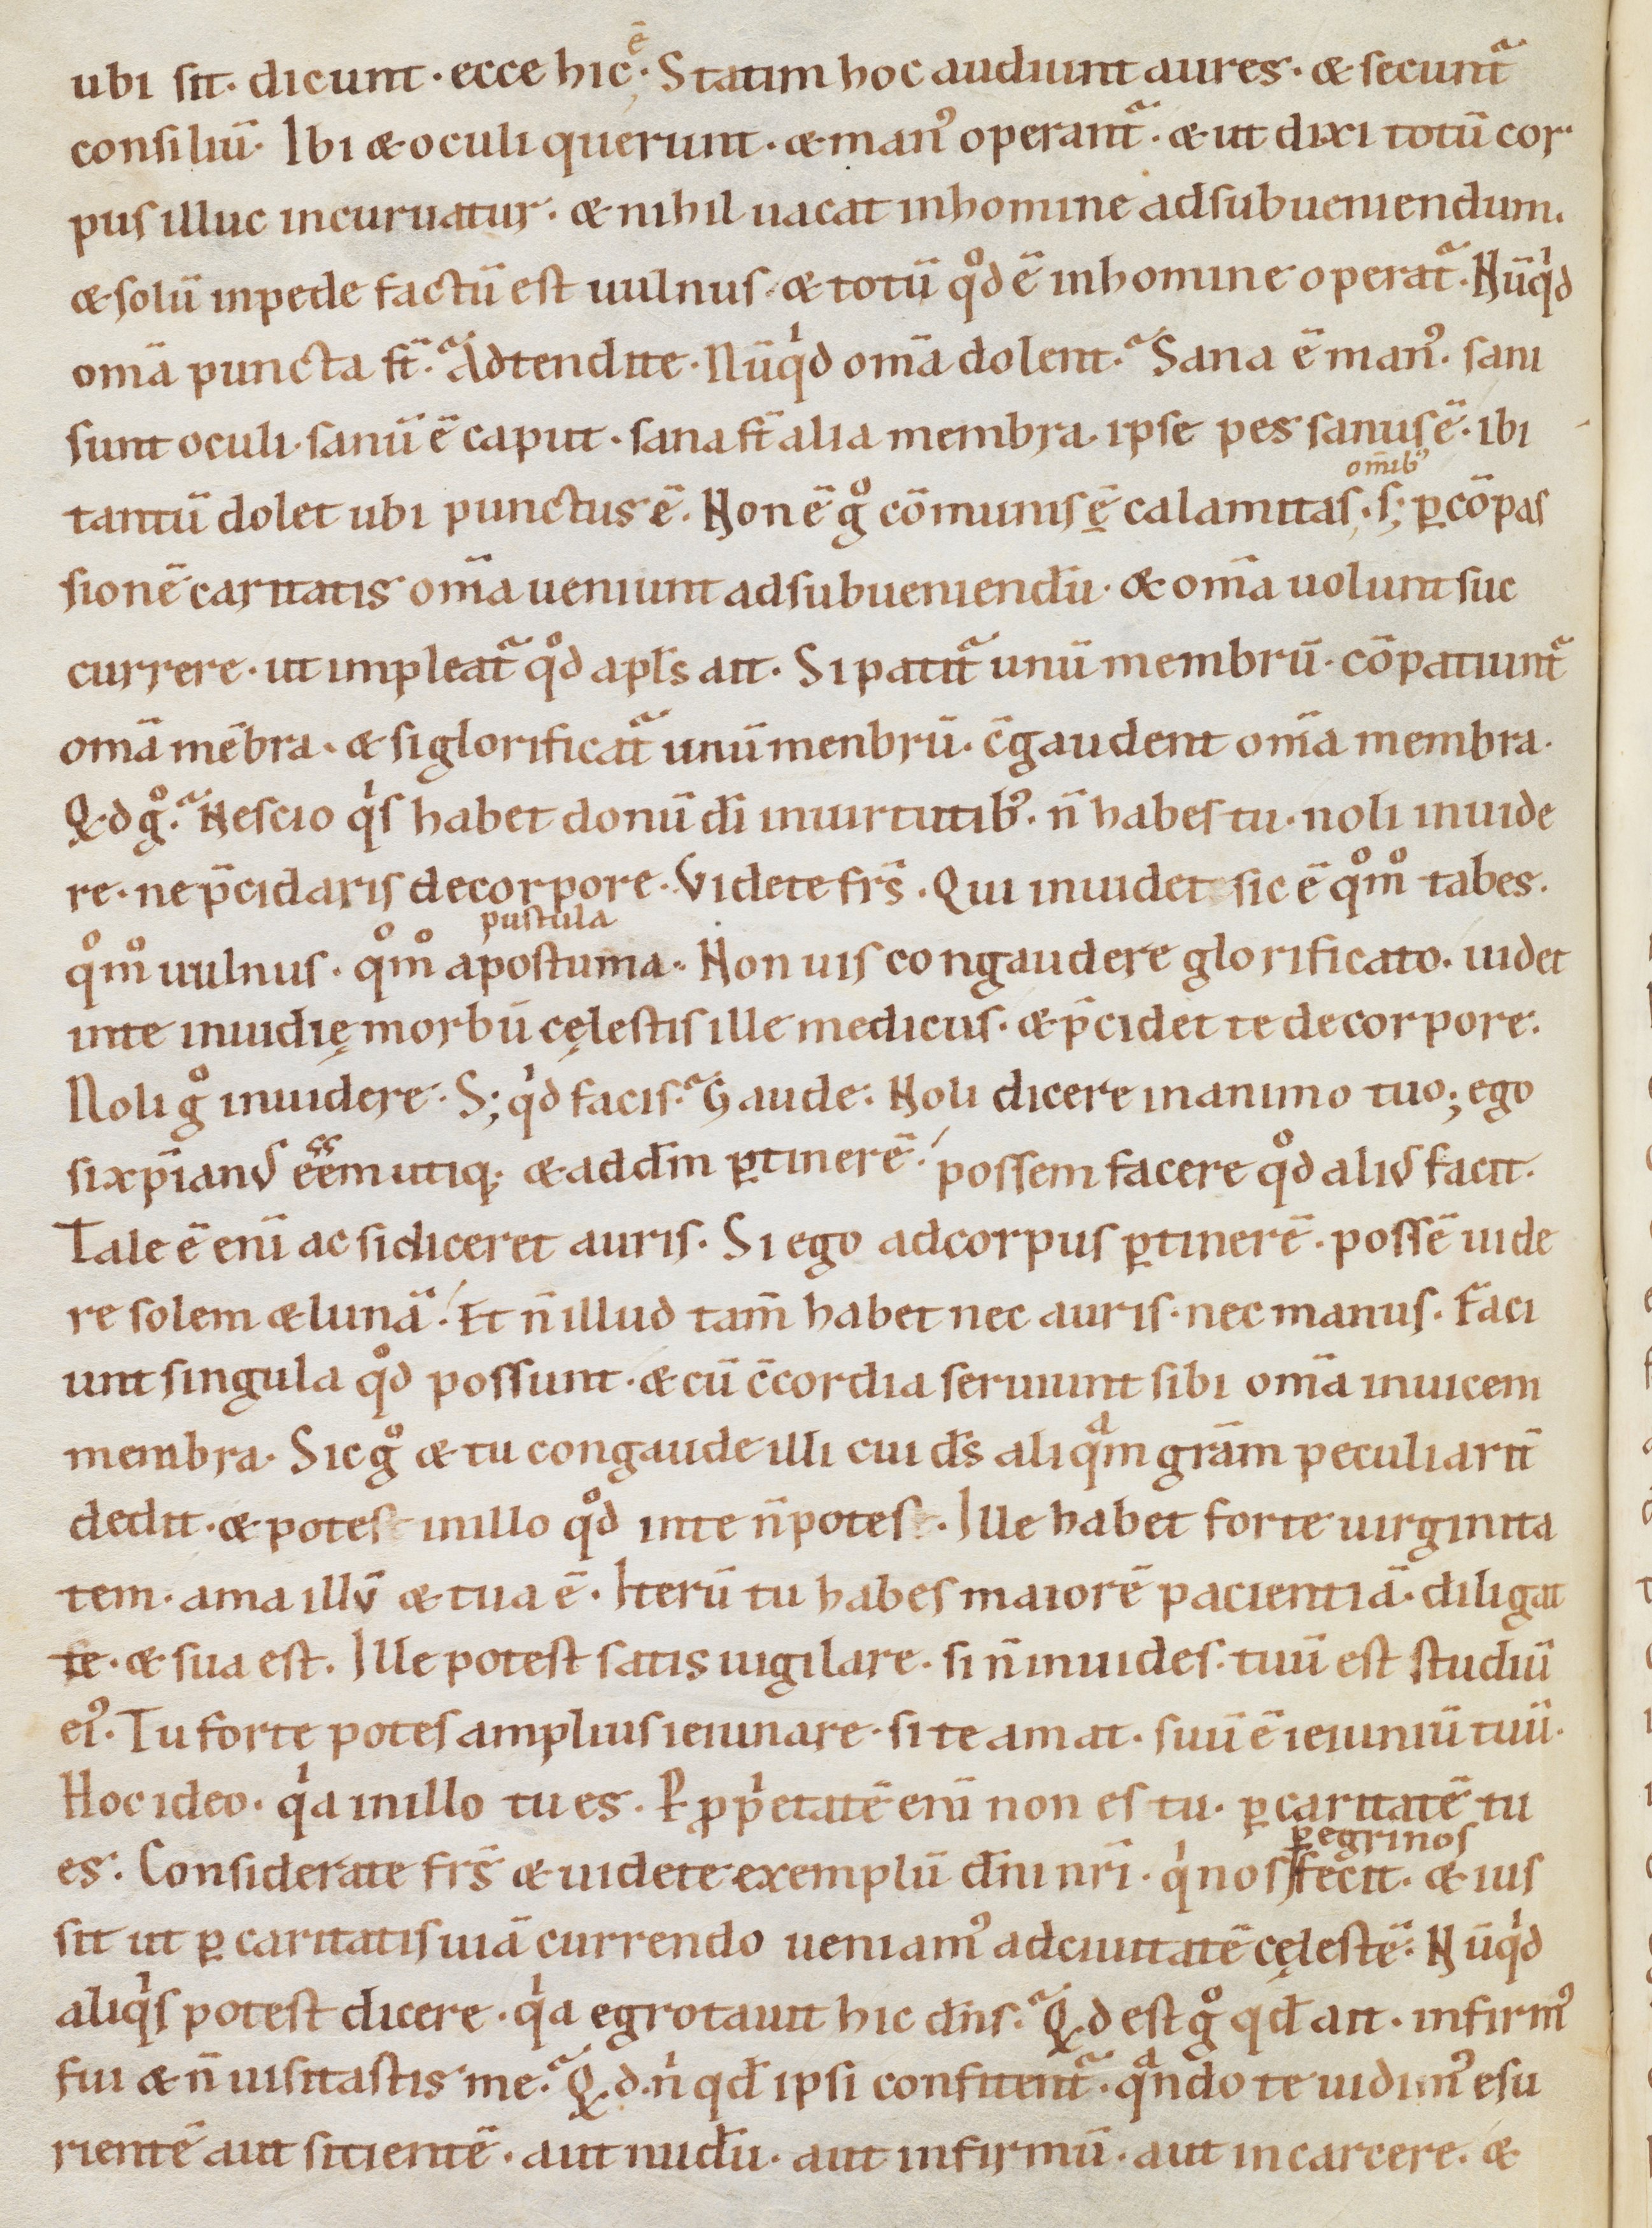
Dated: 1080–1096